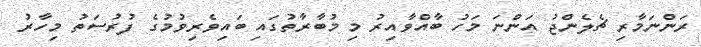
ރަންނަމާރި ޗެލެންޖު އަންނަ މަހު ބާއްވާއިރު މި މުބާރާތުގައި ބައިވެރިވުމުގެ ފުރުސަތު މިހާރު